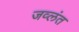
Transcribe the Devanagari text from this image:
जव्लंत